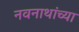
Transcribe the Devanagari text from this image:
नवनाथांच्या